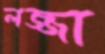
লজ্জা